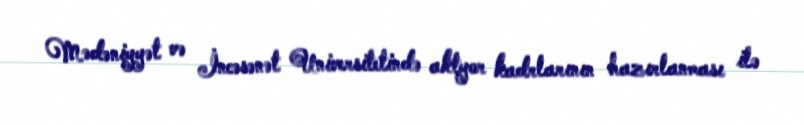
Mədəniyyət və İncəsənət Universitetində aktyor kadrlarının hazırlanması ilə